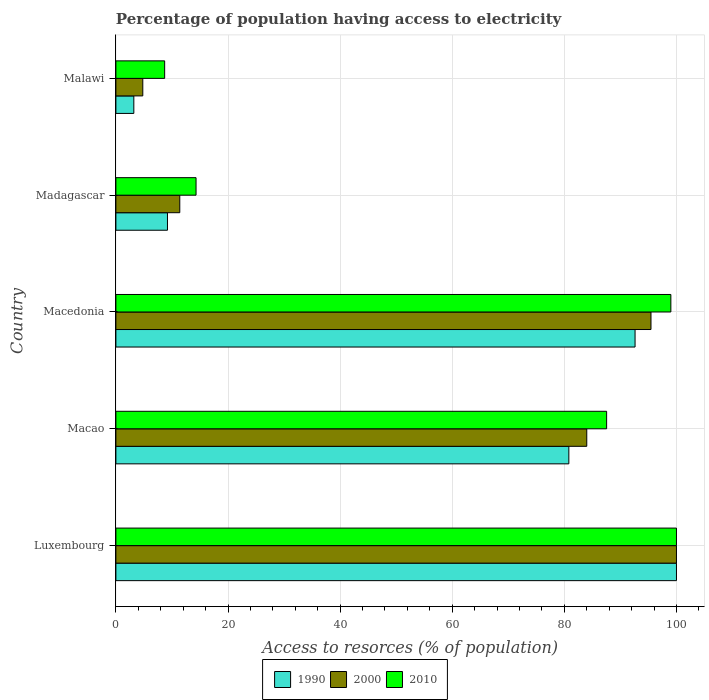
| Country | 1990 | 2000 | 2010 |
 | --- | --- | --- | --- |
 | Luxembourg | 100 | 100 | 100 |
 | Macao | 80.8 | 84 | 87.5 |
 | Macedonia | 92.6 | 95.5 | 99 |
 | Madagascar | 9.2 | 11.4 | 14.3 |
 | Malawi | 3.2 | 4.8 | 8.7 |